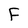
Character: F